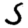
Digit: 5